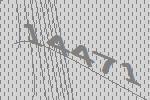
14471